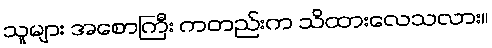
သူများ အစောကြီး ကတည်းက သိထားလေသလား။